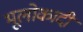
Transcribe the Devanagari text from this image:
भूलोकादी